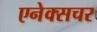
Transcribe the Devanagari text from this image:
एनेक्सचर